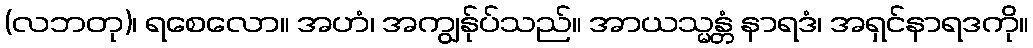
(လဘတု)၊ ရစေလော။ အဟံ၊ အကျွန်ုပ်သည်။ အာယသ္မန္တံ နာရဒံ၊ အရှင်နာရဒကို။